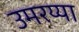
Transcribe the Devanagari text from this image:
उमरय्या